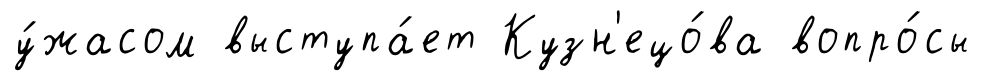
у́жасом выступа́ет Кузн'ецо́ва вопро́сы